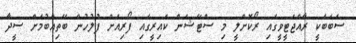
ސަބަބަކީ ރާއްޖެޓީވީގައި ރޯކޮށްލީ މި ސްޓޭޝަން ކައިރީގައި ފޯރިއަށް ފުލުހުން ބޭތިއްބުމަށް ސީދާ